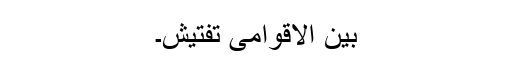
بین الاقوامی تفتیش۔